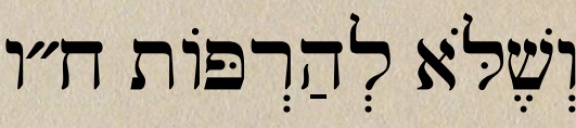
וְשֶׁלֹּא לְהַרְפּוֹת ח״ו